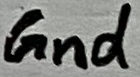
Text: Gnd